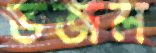
ভজল